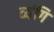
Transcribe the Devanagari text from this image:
व्यंगि